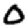
Digit: 0